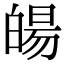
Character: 𤾉